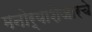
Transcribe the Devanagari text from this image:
मनोर्‍याशेजारचे